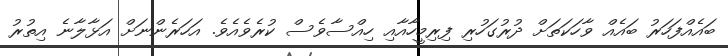
ބައެއްފަހަރު ބައެއް ވާހަކަތަށް ދުރުގަހުރި ފިރިމީހާއާއި ހިއްސާވެސް ކުރެވެއެވެ. އަހަރެންނަށް އަޅާލާނެ އިތުރު